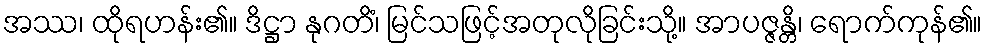
အဿ၊ ထိုရဟန်း၏။ ဒိဋ္ဌာ နုဂတိံ၊ မြင်သဖြင့်အတုလိုခြင်းသို့။ အာပဇ္ဇန္တိ၊ ရောက်ကုန်၏။